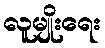
လူမျိုးရေး